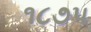
૧૮૭૫